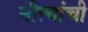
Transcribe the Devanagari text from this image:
नीत्यांची